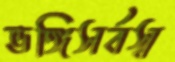
ভঙ্গিসর্বস্ব